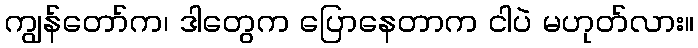
ကျွန်တော်က၊ ဒါတွေက ပြောနေတာက ငါပဲ မဟုတ်လား။